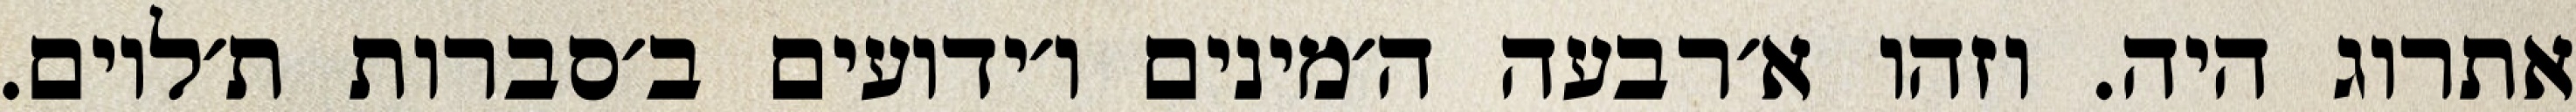
אתרוג היה. וזהו א׳רבעה ה׳מינים ו׳ידועים ב׳סברות ת׳לוים.